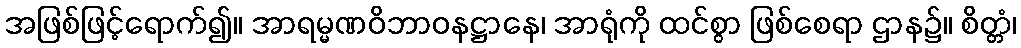
အဖြစ်ဖြင့်ရောက်၍။ အာရမ္မဏဝိဘာဝနဋ္ဌာနေ၊ အာရုံကို ထင်စွာ ဖြစ်စေရာ ဌာန၌။ စိတ္တံ၊